Vaccination United Provinces of Agra and Oudh 1923-1928 - 1923-1928
Year: 1923
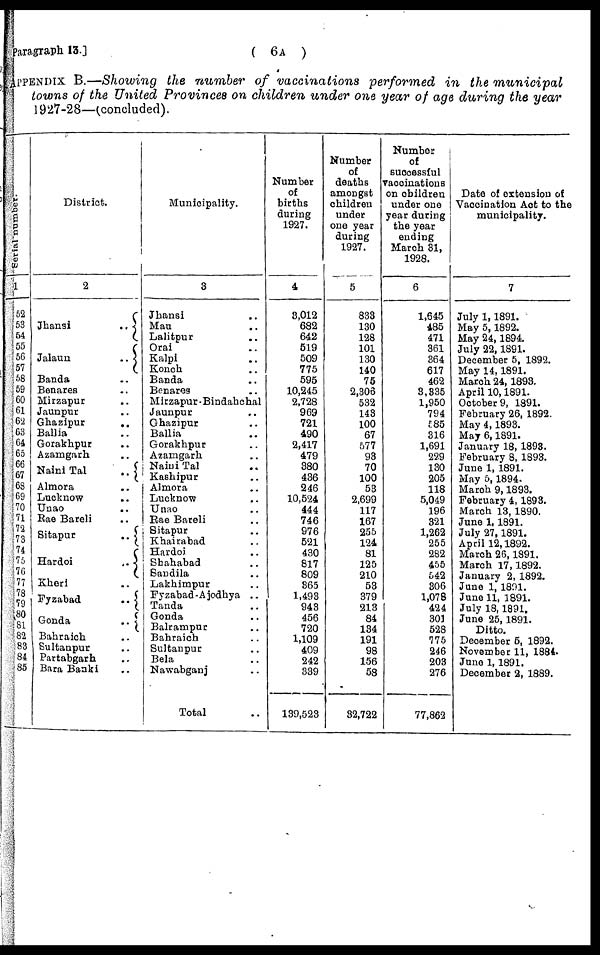
Paragraph 13.]
(6A )
APPENDIX B.—Showing the number of vaccinations performed in the municipal
towns of the United Provinces on children under one year of age during the year
1927-28—(concluded).
Serial number.
1
52
53
54
55
56
57
58
59
60
61
62
63
64
65
66
67
68
69
70
71
72
73
74
75
76
77
78
79
80
81
82
83
84
85
District.
2
Jhansi
..
Jalaun
..
Banda ..
Benares ..
Mirzapur ..
Jaunpur ..
Ghazipur
..
Ballia ..
Gorakhpur ..
Azamgarh ..
Naini Tal
..
Almora ..
Lucknow ..
Unao ..
Rae Bareli ..
Sitapur
..
Hardoi
..
Kheri ..
Fyzabad
..
Gonda
..
Bahraich ..
Sultanpur ..
Partabgarh ..
Bara Banki ..
Municipality.
3
Jhansi ..
Mau ..
Lalitpur ..
Orai ..
Kalpi ..
Konch ..
Banda ..
Benares ..
Mirzapur-Bindahchal
Jaunpur ..
Ghazipur ..
Ballia ..
Gorakhpur ..
Azamgarh ..
Naini Tal ..
Kashipur ..
Almora ..
Lucknow ..
Unao ..
Rae Bareli ..
Sitapur ..
Khairabad ..
Hardoi ..
Shahabad ..
Sandila ..
Lakhimpur ..
Fyzabad-Ajodhya ..
Tanda ..
Gonda ..
Balrampur ..
Bahraich ..
Sultanpur ..
Bela ..
Nawabganj ..
Total ..
Number
of
births
during
1927.
4
8,012
682
642
519
509
775
595
10,245
2,728
969
721
490
2,417
479
380
436
246
10,524
444
746
976
521
430
817
809
365
1,493
943
456
720
1,109
409
242
339
139,523
Number
of
deaths
amongst
children
under
one year
during
1927.
5
833
130
128
101
130
140
75
2,306
532
143
100
67
577
93
70
100
53
2,699
117
167
255
124
81
125
210
53
379
213
84
134
191
98
156
58
32,722
Number
of
successful
vaccinations
on children
under one
year during
the year
ending
March 31,
1928.
6
1,645
485
471
361
364
617
462
3,335
1,950
794
585
316
1,691
229
130
205
118
5,049
196
321
1,262
255
282
455
542
306
1,078
424
301
528
775
246
203
276
77,862
Date of extension of
Vaccination Act to the
municipality.
7
July 1,1891.
May 5,1892.
May 24,1894.
July 22,1891.
December 5, 1892.
May 14,1891.
March 24, 1893.
April 10,1891.
October 9, 1891.
February 26, 1892.
May 4, 1893.
May 6,1891.
January 18,1893.
February 8, 1893.
June 1, 1891.
May 5,1894.
March 9,1893.
February 4,1893.
March 13, 1890.
June 1,1891.
July 27,1891.
April 12,1892.
March 26,1891.
March 17,1892.
January 2, 1892.
June 1, 1891.
June 11, 1891.
July 18,1891.
June 25,1891.
Ditto.
December 5, 1892.
November 11, 1884.
June 1,1891.
December 2, 1889.